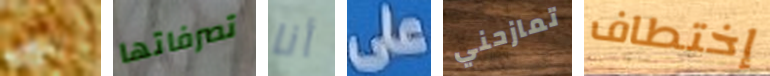
انهض تصرفاتها أنا على تمازحني إختطاف